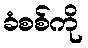
ခံစစ်ကို